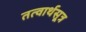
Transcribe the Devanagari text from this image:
तत्वार्थसूत्र